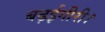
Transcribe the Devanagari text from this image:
बढ़ईगीरी।